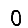
Digit: 0